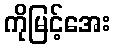
ကိုမြင့်အေး